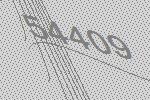
54409